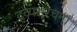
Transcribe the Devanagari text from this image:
द्रव्यसंरचना